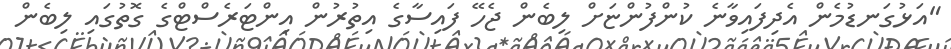
"އަޅުގަނޑުމެން އެދިފައިވާނެ ކުންފުންޏަށް ލިބެން ޖެހޭ ފައިސާގެ އިތުރުން އިންޓަރެސްޓްގެ ގޮތުގައި ލިބެން